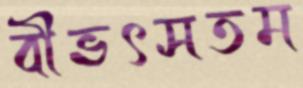
বীভৎসতম